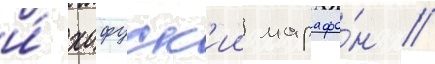
и́ хофуск'ии марафо́н //